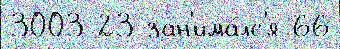
3003 23 зан'има́лс'я 66